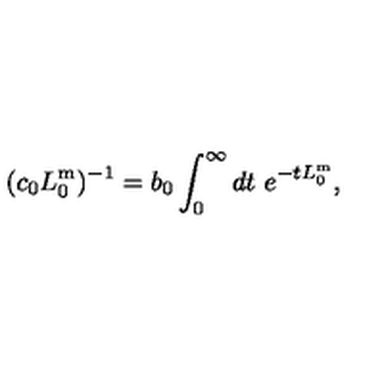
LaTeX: ( c _ { 0 } L _ { 0 } ^ { \mathrm { m } } ) ^ { - 1 } = b _ { 0 } \int _ { 0 } ^ { \infty } d t \ e ^ { - t L _ { 0 } ^ { \mathrm { m } } } ,